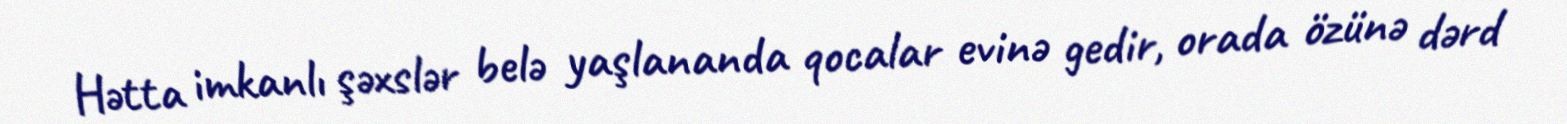
Hətta imkanlı şəxslər belə yaşlananda qocalar evinə gedir, orada özünə dərd